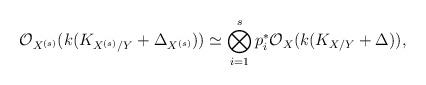
LaTeX: \begin{align*}\mathcal O_{X^{(s)}}(k(K_{X^{(s)}/Y}+\Delta_{X^{(s)}}))\simeq \bigotimes ^s_{i=1} p_i^* \mathcal O_X(k(K_{X/Y}+\Delta)), \end{align*}